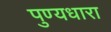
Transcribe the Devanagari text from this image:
पुण्यधारा